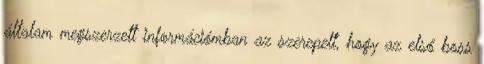
általam megszerzett információmban az szerepelt, hogy az első boss